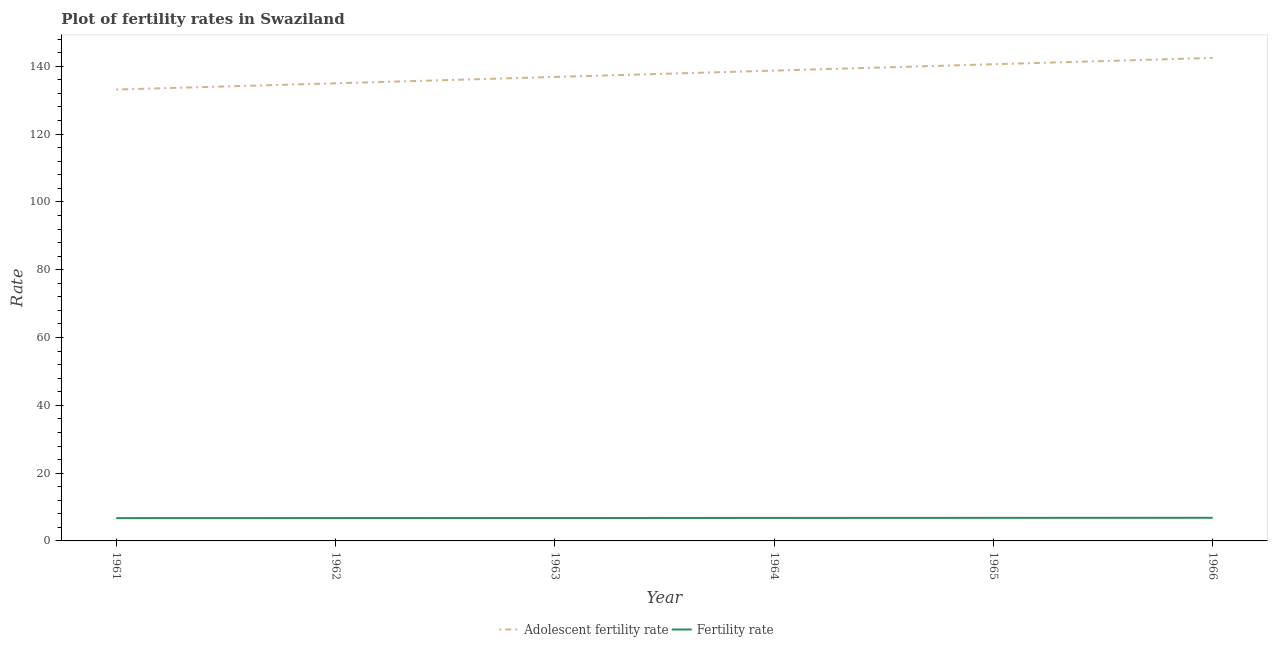
| Year | Adolescent fertility rate | Fertility rate |
 | --- | --- | --- |
 | 1961 | 133 | 6.73 |
 | 1962 | 135 | 6.75 |
 | 1963 | 137 | 6.76 |
 | 1964 | 139 | 6.78 |
 | 1965 | 141 | 6.8 |
 | 1966 | 142 | 6.82 |